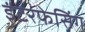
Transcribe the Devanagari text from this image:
इंटरफेसिंग